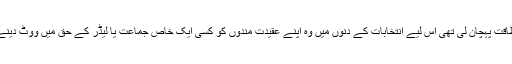
اس نے بھی اپنی طاقت پہچان لی تھی اس لیے انتخابات کے دنوں میں وہ اپنے عقیدت مندوں کو کسی ایک خاص جماعت یا لیڈر کے حق میں ووٹ دینے کی اپیل کرتا تھا۔